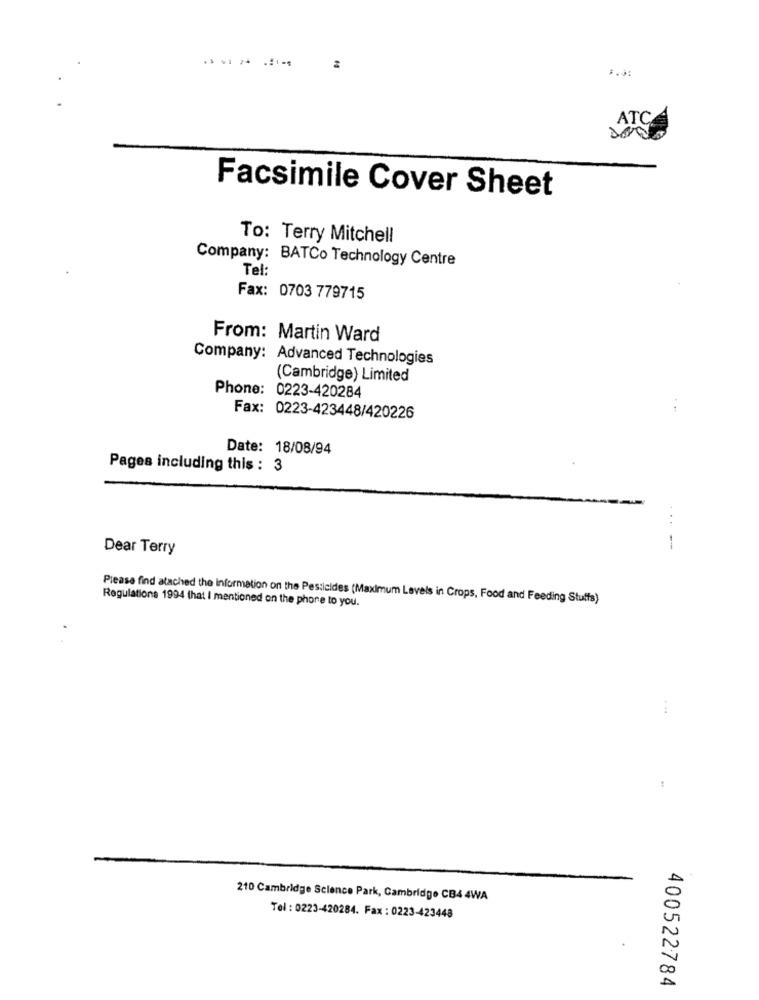
ATC
Facsimile Cover Sheet
To: Terry Mitchell
Company: BATCo Technology Centre
Tel:
Fax: 0703 779715
From: Martin Ward
Company: Advanced Technologies
(Cambridge) Limited
Phone: 0223-420284
Fax: 0223-423448/420226
Date: 18/08/94
Pages including this : 3
Dear Terry
--
Please find atached the information on the Pesticides (Maximum Levels in Crops, Food and Feeding Stuffs)
Regulations 1994 that I mentioned on the phone to you.
. ..
210 Cambridge Science Park, Cambridge CB4 4WA
Tel : 0223-420284. Fax : 0223-423448
400522784